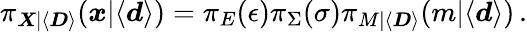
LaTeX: \pi_{\boldsymbol{X}|\langle\boldsymbol{D}\rangle}(\boldsymbol{x}|\langle\boldsymbol{d}\rangle)=\pi_{E}(\epsilon)\pi_{\Sigma}(\sigma)\pi_{M|\langle\boldsymbol{D}\rangle}(m|\langle\boldsymbol{d}\rangle)\, .